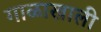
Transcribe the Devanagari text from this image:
गाळाखाली